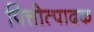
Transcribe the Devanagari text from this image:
पित्तोत्पादक